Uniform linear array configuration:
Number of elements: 64
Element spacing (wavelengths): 0.25
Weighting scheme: hann
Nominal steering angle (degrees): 60
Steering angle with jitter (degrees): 61.3
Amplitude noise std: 0.05
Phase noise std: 0.05

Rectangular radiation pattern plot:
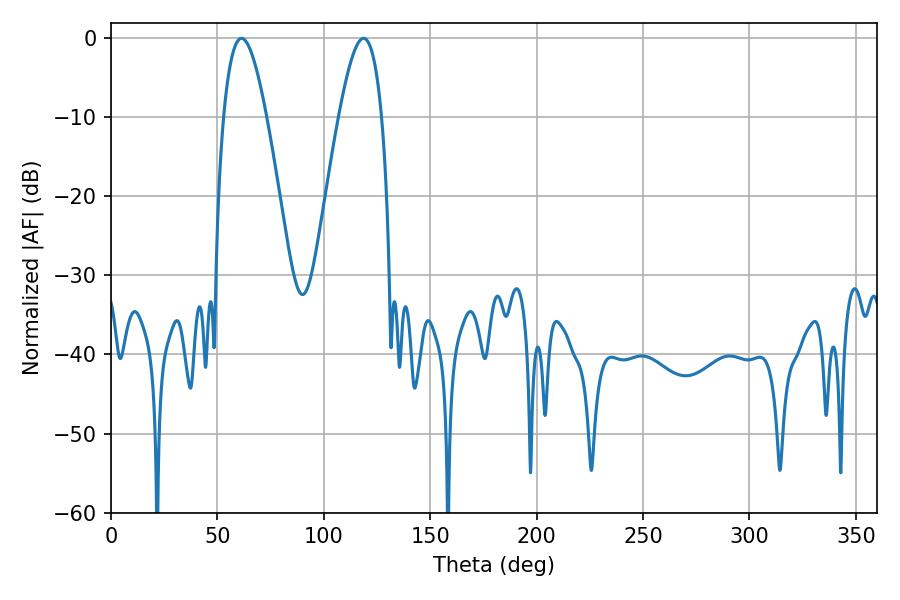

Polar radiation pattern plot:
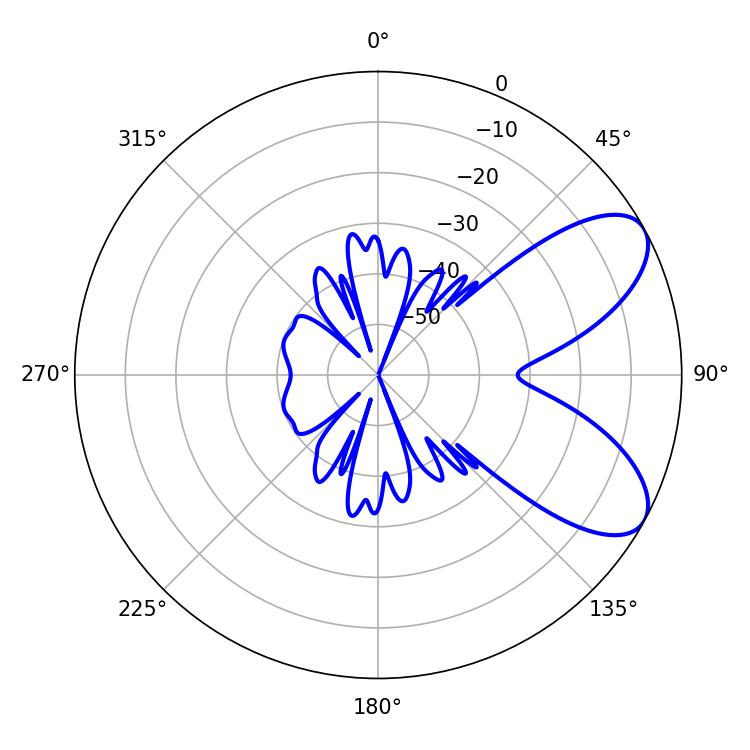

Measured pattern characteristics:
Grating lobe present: FALSE
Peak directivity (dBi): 7.379
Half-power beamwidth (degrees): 10.98
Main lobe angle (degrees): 61.38